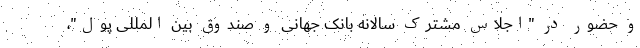
و حضور در "اجلاس مشترک سالانه بانک جهانی و صندوق بین المللی پول"،